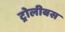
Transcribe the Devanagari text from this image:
ट्रोलीबस